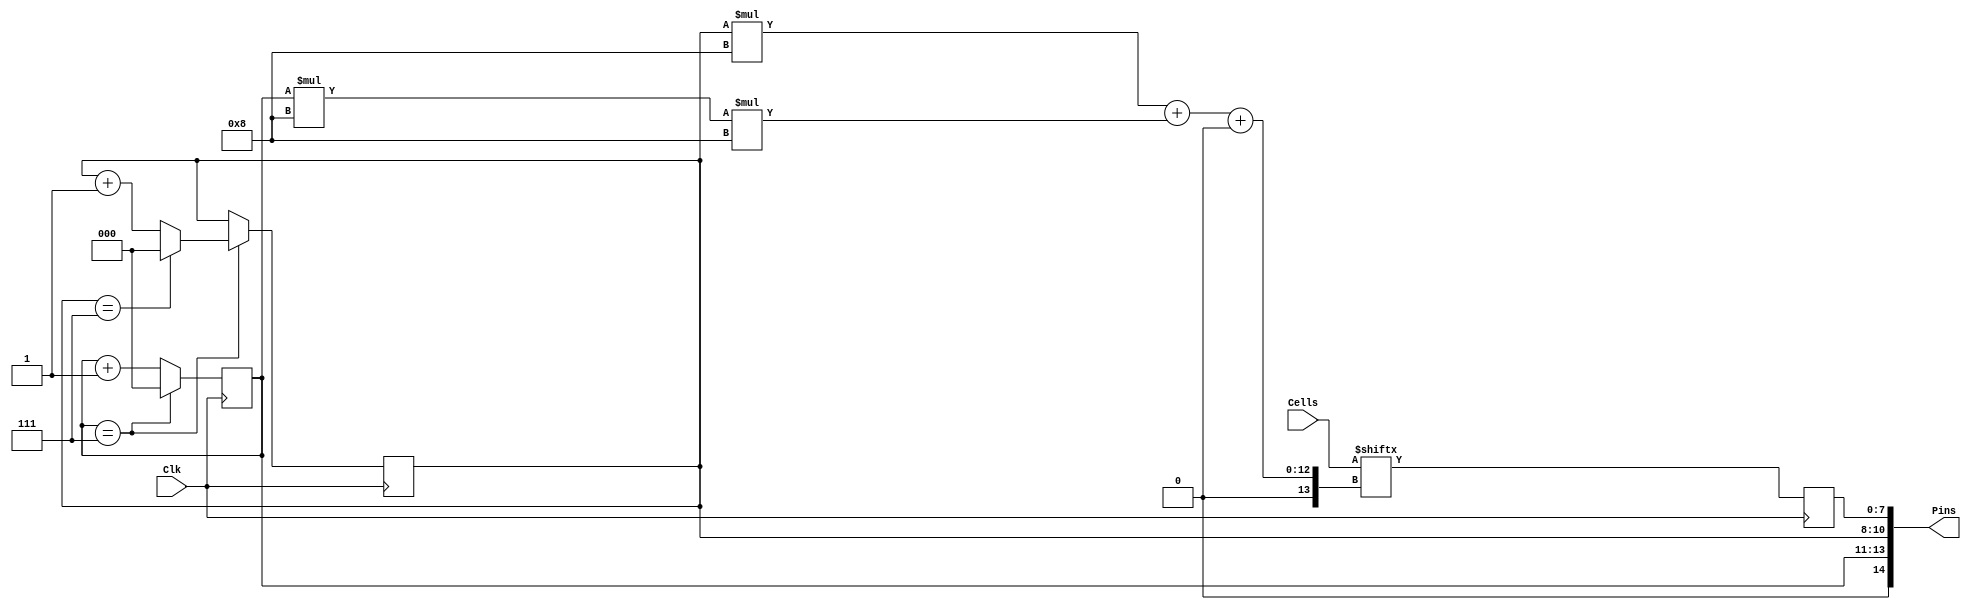
`timescale 1ns / 1ps
//////////////////////////////////////////////////////////////////////////////////
// Company: 
// Engineer: 
// 
// Design Name: 
// Module Name:    cube_output 
// Project Name: 
// Target Devices: 
// Tool versions: 
// Description: 
//
// Dependencies: 
//
// Revision: 
// Revision 0.01 - File Created
// Additional Comments: 
//
//////////////////////////////////////////////////////////////////////////////////
module cube_output(Cells, Clk, Pins);
	// The values of the output pins
	// are dependent on the data in the
	// cells and the current layer and
	// row, which act as the state.
	input Clk;
	input[511:0] Cells;

	output[14:0] Pins;
	
	localparam
		WIDTH = 8,
		HEIGHT = 8,
		DEPTH = 8;
		
	wire[511:0] sim_cells;
	assign sim_cells = Cells;
	
	// The outputs to the cube consist of:
	// 0-2: Layer
	// 3-5: Row
	// 6-13: Data
	// 14: Enable (active-low)
	wire[14:0] outputs;
	assign Pins = outputs;
	
	reg[7:0] data = 0;
	assign outputs[7:0] = data;
	
	reg[2:0] layer = 0;
	assign outputs[10:8] = layer;
	
	reg[2:0] row = 0;
	assign outputs[13:11] = row;
	
	reg enable = 0;
	assign outputs[14] = enable;
	
	// In total, to scan through the entire
	// cube takes (8 layers * 8 rows =) 64 clocks.
	// Therefore, we want the simulation to run
	// in multiples of 64 clocks.
	always @(posedge Clk)
	begin
		// What we need to do is scan through
		// the cube, 8-bit row at a time.
		enable <= 0;
		
		// set the data
		// data <= sim_cells[layer*WIDTH + row*WIDTH*HEIGHT+:7];
		data <= sim_cells[layer*WIDTH + row*WIDTH*HEIGHT+:DEPTH];
		
		// end of layer?
		if (row == WIDTH-1)
		begin
			row <= 0;
			
			// top of cube?
			if (layer == HEIGHT-1)
				layer <= 0;
			else
				layer <= layer + 1;
		end
		else
			row <= row + 1;
	end

endmodule